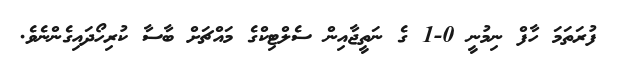
ފުރަތަމަ ހާފް ނިމުނީ 0-1 ގެ ނަތީޖާއިން ސެލްޓިކްގެ މައްޗަށް ބާސާ ކުރިހޯދައިގެންނެވެ.